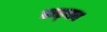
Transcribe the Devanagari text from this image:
लड्का